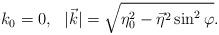
LaTeX: \begin{align*}k_0 = 0,\ \ |\vec k| = \sqrt{\eta_0^2 - {\vec\eta}^2 \sin^2\varphi}.\end{align*}